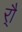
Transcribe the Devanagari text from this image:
र्‍ाै